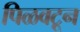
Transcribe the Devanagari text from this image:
पिळवटून